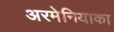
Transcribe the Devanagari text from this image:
अरमेनियाका